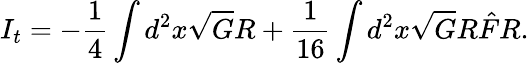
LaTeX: I_{t}=-\frac{1}{4}\int d^{2}x\sqrt{G}R+\frac{1}{16}\int d^{2}x\sqrt{G}R\hat{F}R.